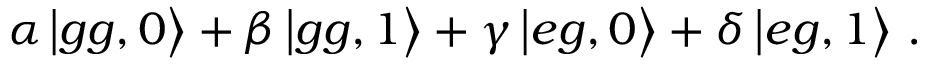
\alpha \left| g g , 0 \right\rangle + \beta \left| g \boldsymbol { g } , \boldsymbol { 1 } \right\rangle + \gamma \left| e g , 0 \right\rangle + \delta \left| e \boldsymbol { g } , \boldsymbol { 1 } \right\rangle \, .